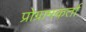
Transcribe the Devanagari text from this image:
प्रोग्रामकर्ता